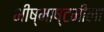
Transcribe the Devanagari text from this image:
भीष्माष्टमीला